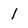
Character: 1